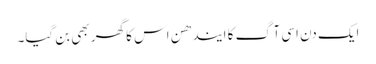
ایک دن اسی آگ کا ایندھن اس کا گھر بھی بن گیا۔